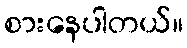
စားနေပါတယ်။